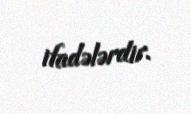
ifadələrdir.